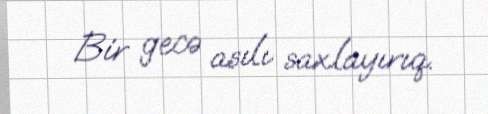
Bir gecə asılı saxlayırıq.